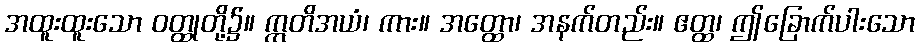
အထူးထူးသော ဝတ္ထုတို့၌။ ဣတိအယံ၊ ကား။ အတ္ထော၊ အနက်တည်း။ ဧတ္ထ၊ ဤခြောက်ပါးသော